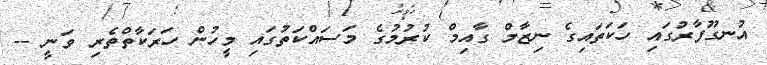
އުނގޫފާރުގައި ހަކަތައިގެ ނިޒާމް ގާއިމް ކުރުމުގެ މަސައްކަތުގައި މީހުން ހަރަކާތްތެރި ވަނީ --